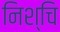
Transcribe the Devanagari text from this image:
निश्चि